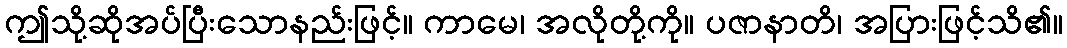
ဤသို့ဆိုအပ်ပြီးသောနည်းဖြင့်။ ကာမေ၊ အလိုတို့ကို။ ပဇာနာတိ၊ အပြားဖြင့်သိ၏။